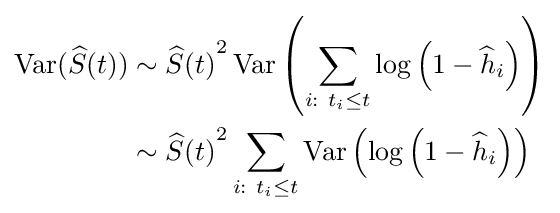
{\begin{aligned}\operatorname {Var} ({\widehat {S}}(t))&\sim {{{\widehat {S}}(t)}^{2}}\operatorname {Var} \left(\sum _{i:\ t_{i}\leq t}\log \left(1-{\widehat {h}}_{i}\right)\right)\\&\sim {{{\widehat {S}}(t)}^{2}}\sum \limits _{i:\ t_{i}\leq t}\operatorname {Var} \left(\log \left(1-{\widehat {h}}_{i}\right)\right)\end{aligned}}